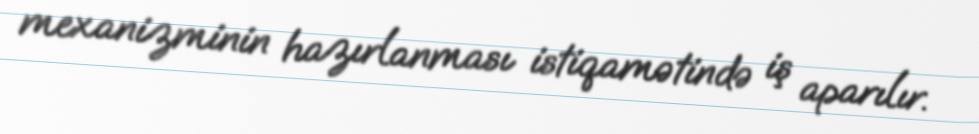
mexanizminin hazırlanması istiqamətində iş aparılır.